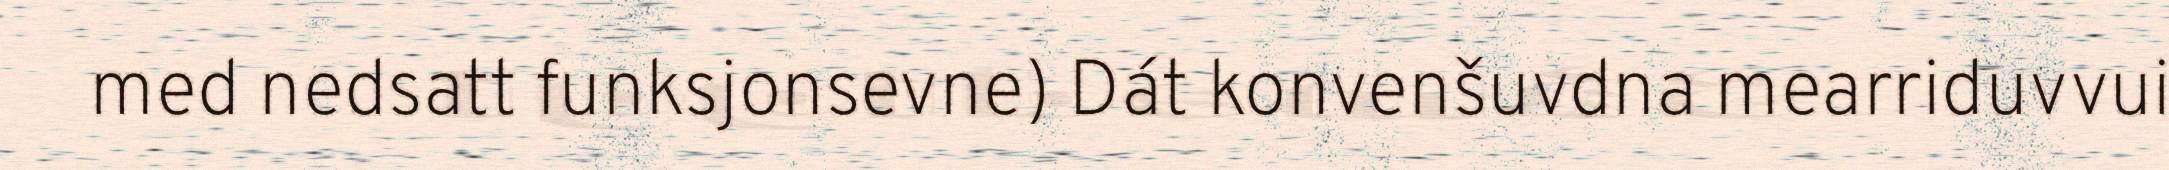
med nedsatt funksjonsevne) Dát konvenšuvdna mearriduvvui